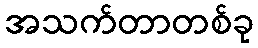
အသက်တာတစ်ခု